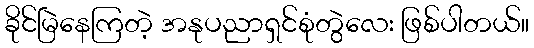
ခိုင်မြဲနေကြတဲ့ အနုပညာရှင်စုံတွဲလေး ဖြစ်ပါတယ်။